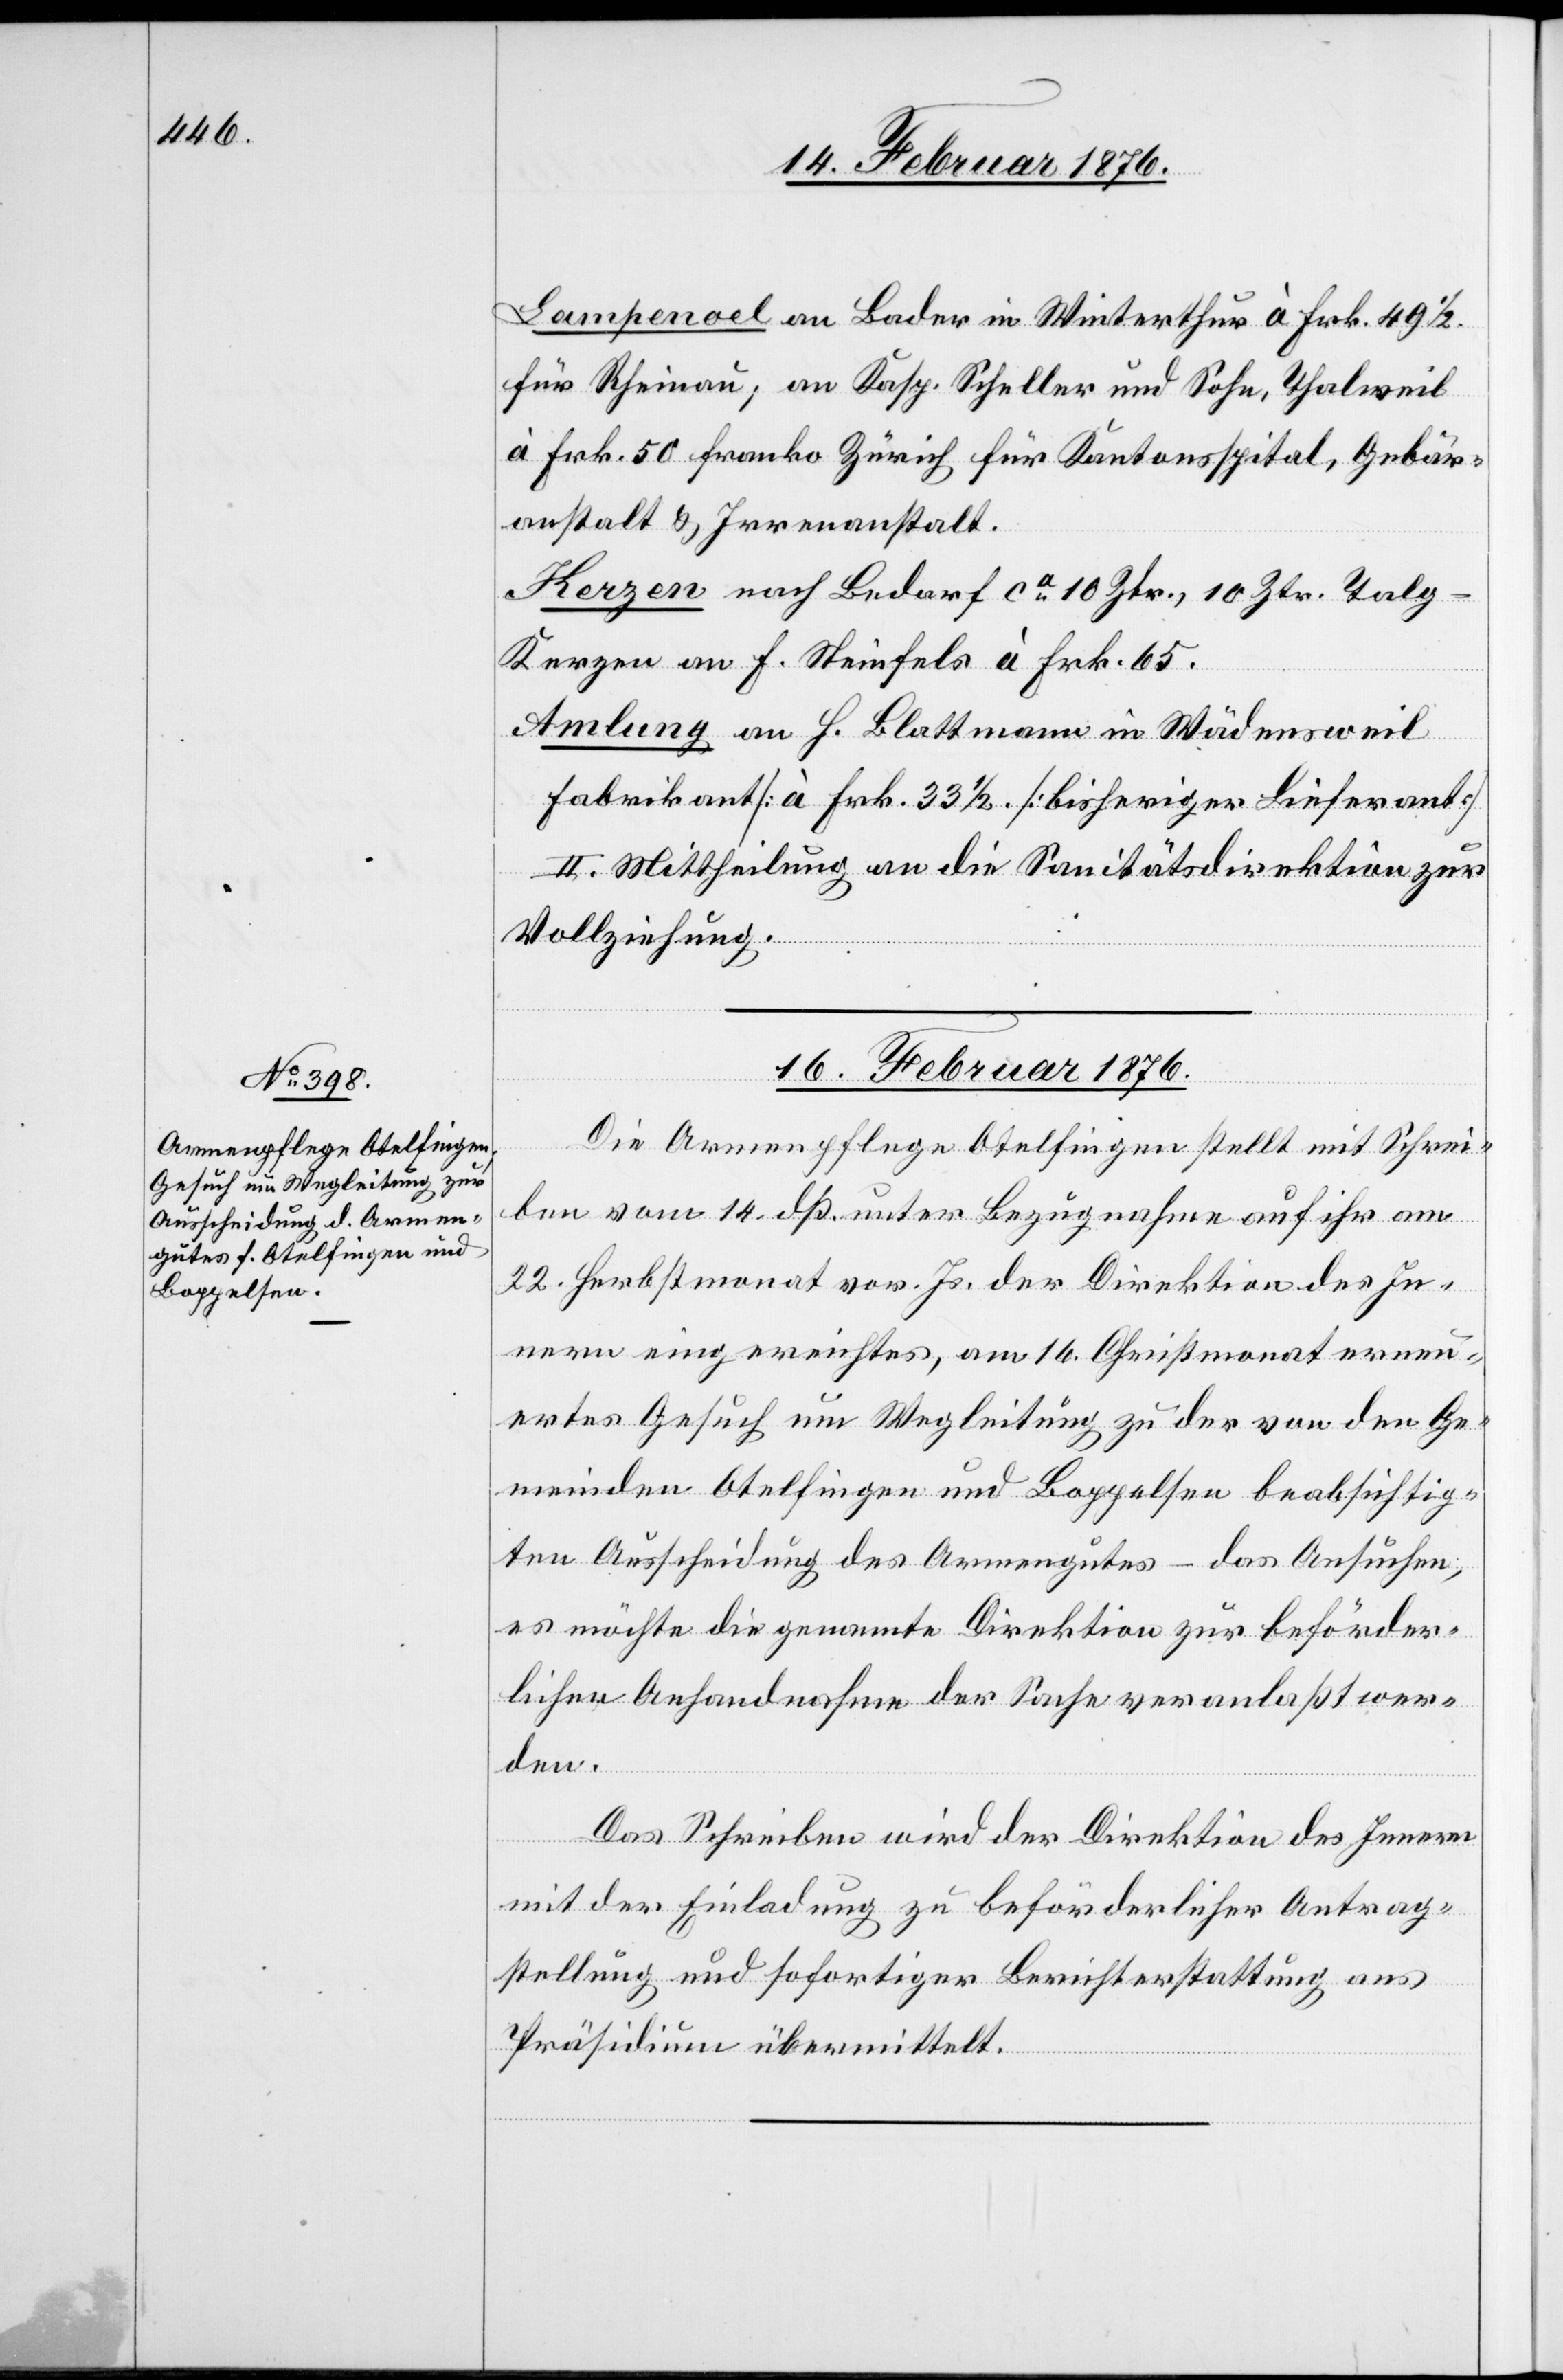
Lampenoel an Bader in Winterthur à Frk. 49 1/2
für Rheinau; an Kasp. Scheller und Sohn, Thalweil
à Frk. 50 franko Zürich für Kantonsspital, Gebär¬
anstalt & Irrenanstalt.
Kerzen nach Bedarf ca 10 Ztr., 10 Ztr. Tal¬
g-Kerzen an F. Steinfels à Frk. 65.
Amlung an H. Blattmann in Wädensweil
Fabrikant [à Frk. 33 1/2] [bisheriger Lieferant]
II. Mittheilung an die Sanitätsdirektion zur
Vollziehung.
16. Februar 1876.
Die Armenpflege Otelfingen stellt mit Schrei¬
ben von 14. dß. unter Bezugnahme auf ihr am
22. Herbstmonat vor. Js. der Direktion des In¬
nern eingereichtes, am 16. Christmonat erneu¬
ertes Gesuch um Wegleitung zu der von den Ge¬
meinden Otelfingen und Boppelsen beabsichtig¬
en Ausscheidung des Armengutes – das Ansuchen,
es möchte die genannte Direktion zur beförder¬
lichen Anhandnahme der Sache veranlaßt wer¬
den.
Das Schreiben wird der Direktion des Innern
mit der Einladung zu beförderlicher Antrag¬
stellung und sofortiger Berichterstattung ans
Präsidium übermittelt.